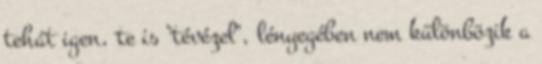
tehát igen, te is "tévézel", lényegében nem különbözik a